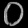
Digit: ၀